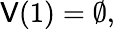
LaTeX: \mathsf{V}(1)=\emptyset,